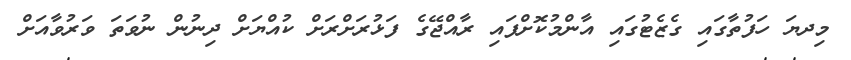
މިދޔަ ހަފުތާގައި ގެޒެޓުގައި އާންމުކޮށްފައި ރާއްޖޭގެ ފަޅުރަށްރަށް ކުއްޔަށް ދިނުން ނުވަތަ ވަރުވާއަށް